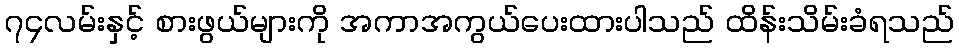
၇၄လမ်းနှင့် စားဖွယ်များကို အကာအကွယ်ပေးထားပါသည် ထိန်းသိမ်းခံရသည်